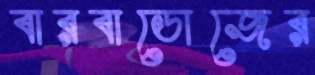
বারবাডোজের